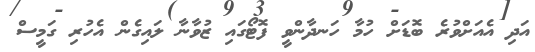
އަދި އެއަށްވުރެ ބޮޑަށް ހުމާ ހަނދާންވީ ފޮޓޯގައި ޒުވާނާ ލައިގެން އެހުރި ގަމީސް